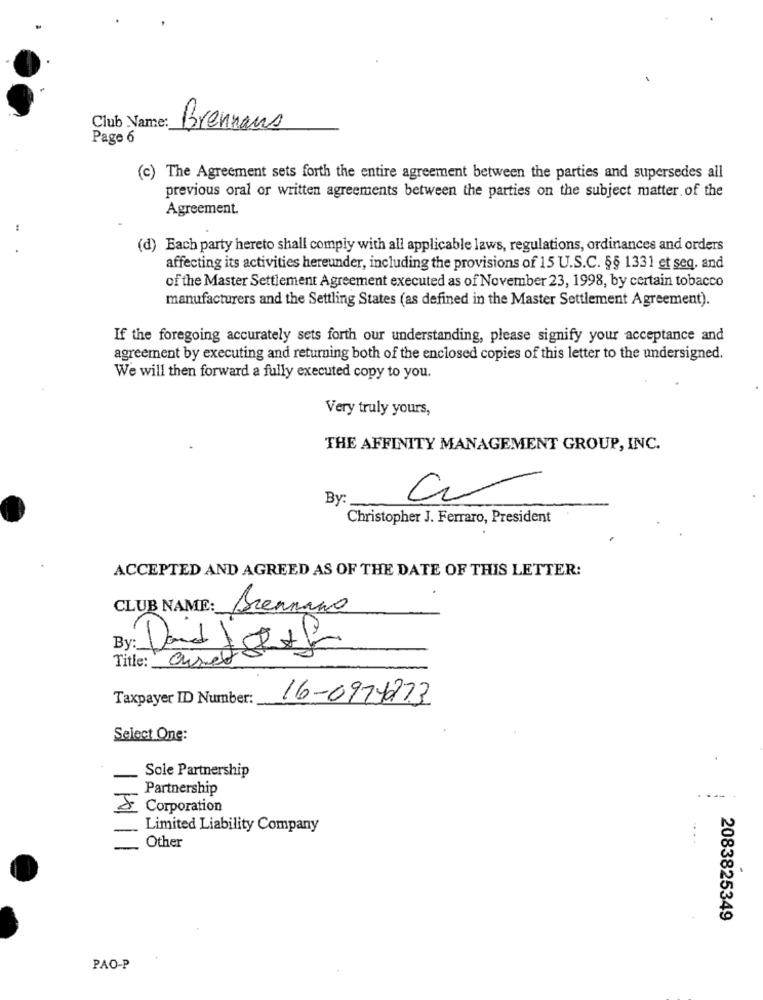
Club Name:
Brennans
Page 6
(c) The Agreement sets forth the entire agreement between the parties and supersedes all
previous oral or written agreements between the parties on the subject matter of the
Agreement.
(d) Each party hereto shall comply with all applicable laws, regulations, ordinances and orders
affecting its activities hereunder, including the provisions of 15 U.S.C. §§ 1331 et seq. and
of the Master Settlement Agreement executed as of November 23, 1998, by certain tobacco
manufacturers and the Settling States (as defined in the Master Settlement Agreement).
If the foregoing accurately sets forth our understanding, please signify your acceptance and
agreement by executing and returning both of the enclosed copies of this letter to the undersigned.
We will then forward a fully executed copy to you.
Very truly yours,
THE AFFINITY MANAGEMENT GROUP, INC.
By
Christopher J. Ferraro, President
ACCEPTED AND AGREED AS OF THE DATE OF THIS LETTER:
CLUB NAME: Brennano
By: Dand JustAS
Title: Cured
Taxpayer ID Number:
16-0979273
Select One:
Sole Partnership
Partnership
& Corporation
Limited Liability Company
Other
2083825349
PAO-P